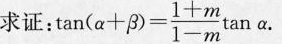
求证: tan \tan(\alpha + \beta)= \frac{1+m}{1-